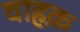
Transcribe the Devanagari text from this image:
वाहक़